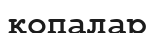
қопалар